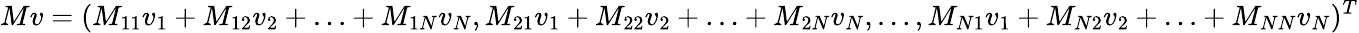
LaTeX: Mv=(M_{11}v_{1}+M_{12}v_{2}+\ldots+M_{1N}v_{N},M_{21}v_{1}+M_{22}v_{2}+\ldots+M_{2N}v_{N},\ldots,M_{N1}v_{1}+M_{N2}v_{2}+\ldots+M_{NN}v_{N})^{T}